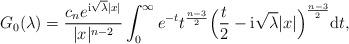
LaTeX: \begin{align*}G_0(\lambda) = \frac{c_n e^{{\rm i} \sqrt{\lambda} |x|}}{|x|^{n - 2}} \int_0^\infty e^{-t} t^{\frac{n - 3}{2}} \Big( \frac{t}{2} - {\rm i}\sqrt{\lambda} |x| \Big)^{\frac{n - 3}{2}} {\rm d}t,\end{align*}